342_HS1-416511228_319.1 Flying Discs 1949
Agency: Department of War
Incident date: 1/9/50
Page 119
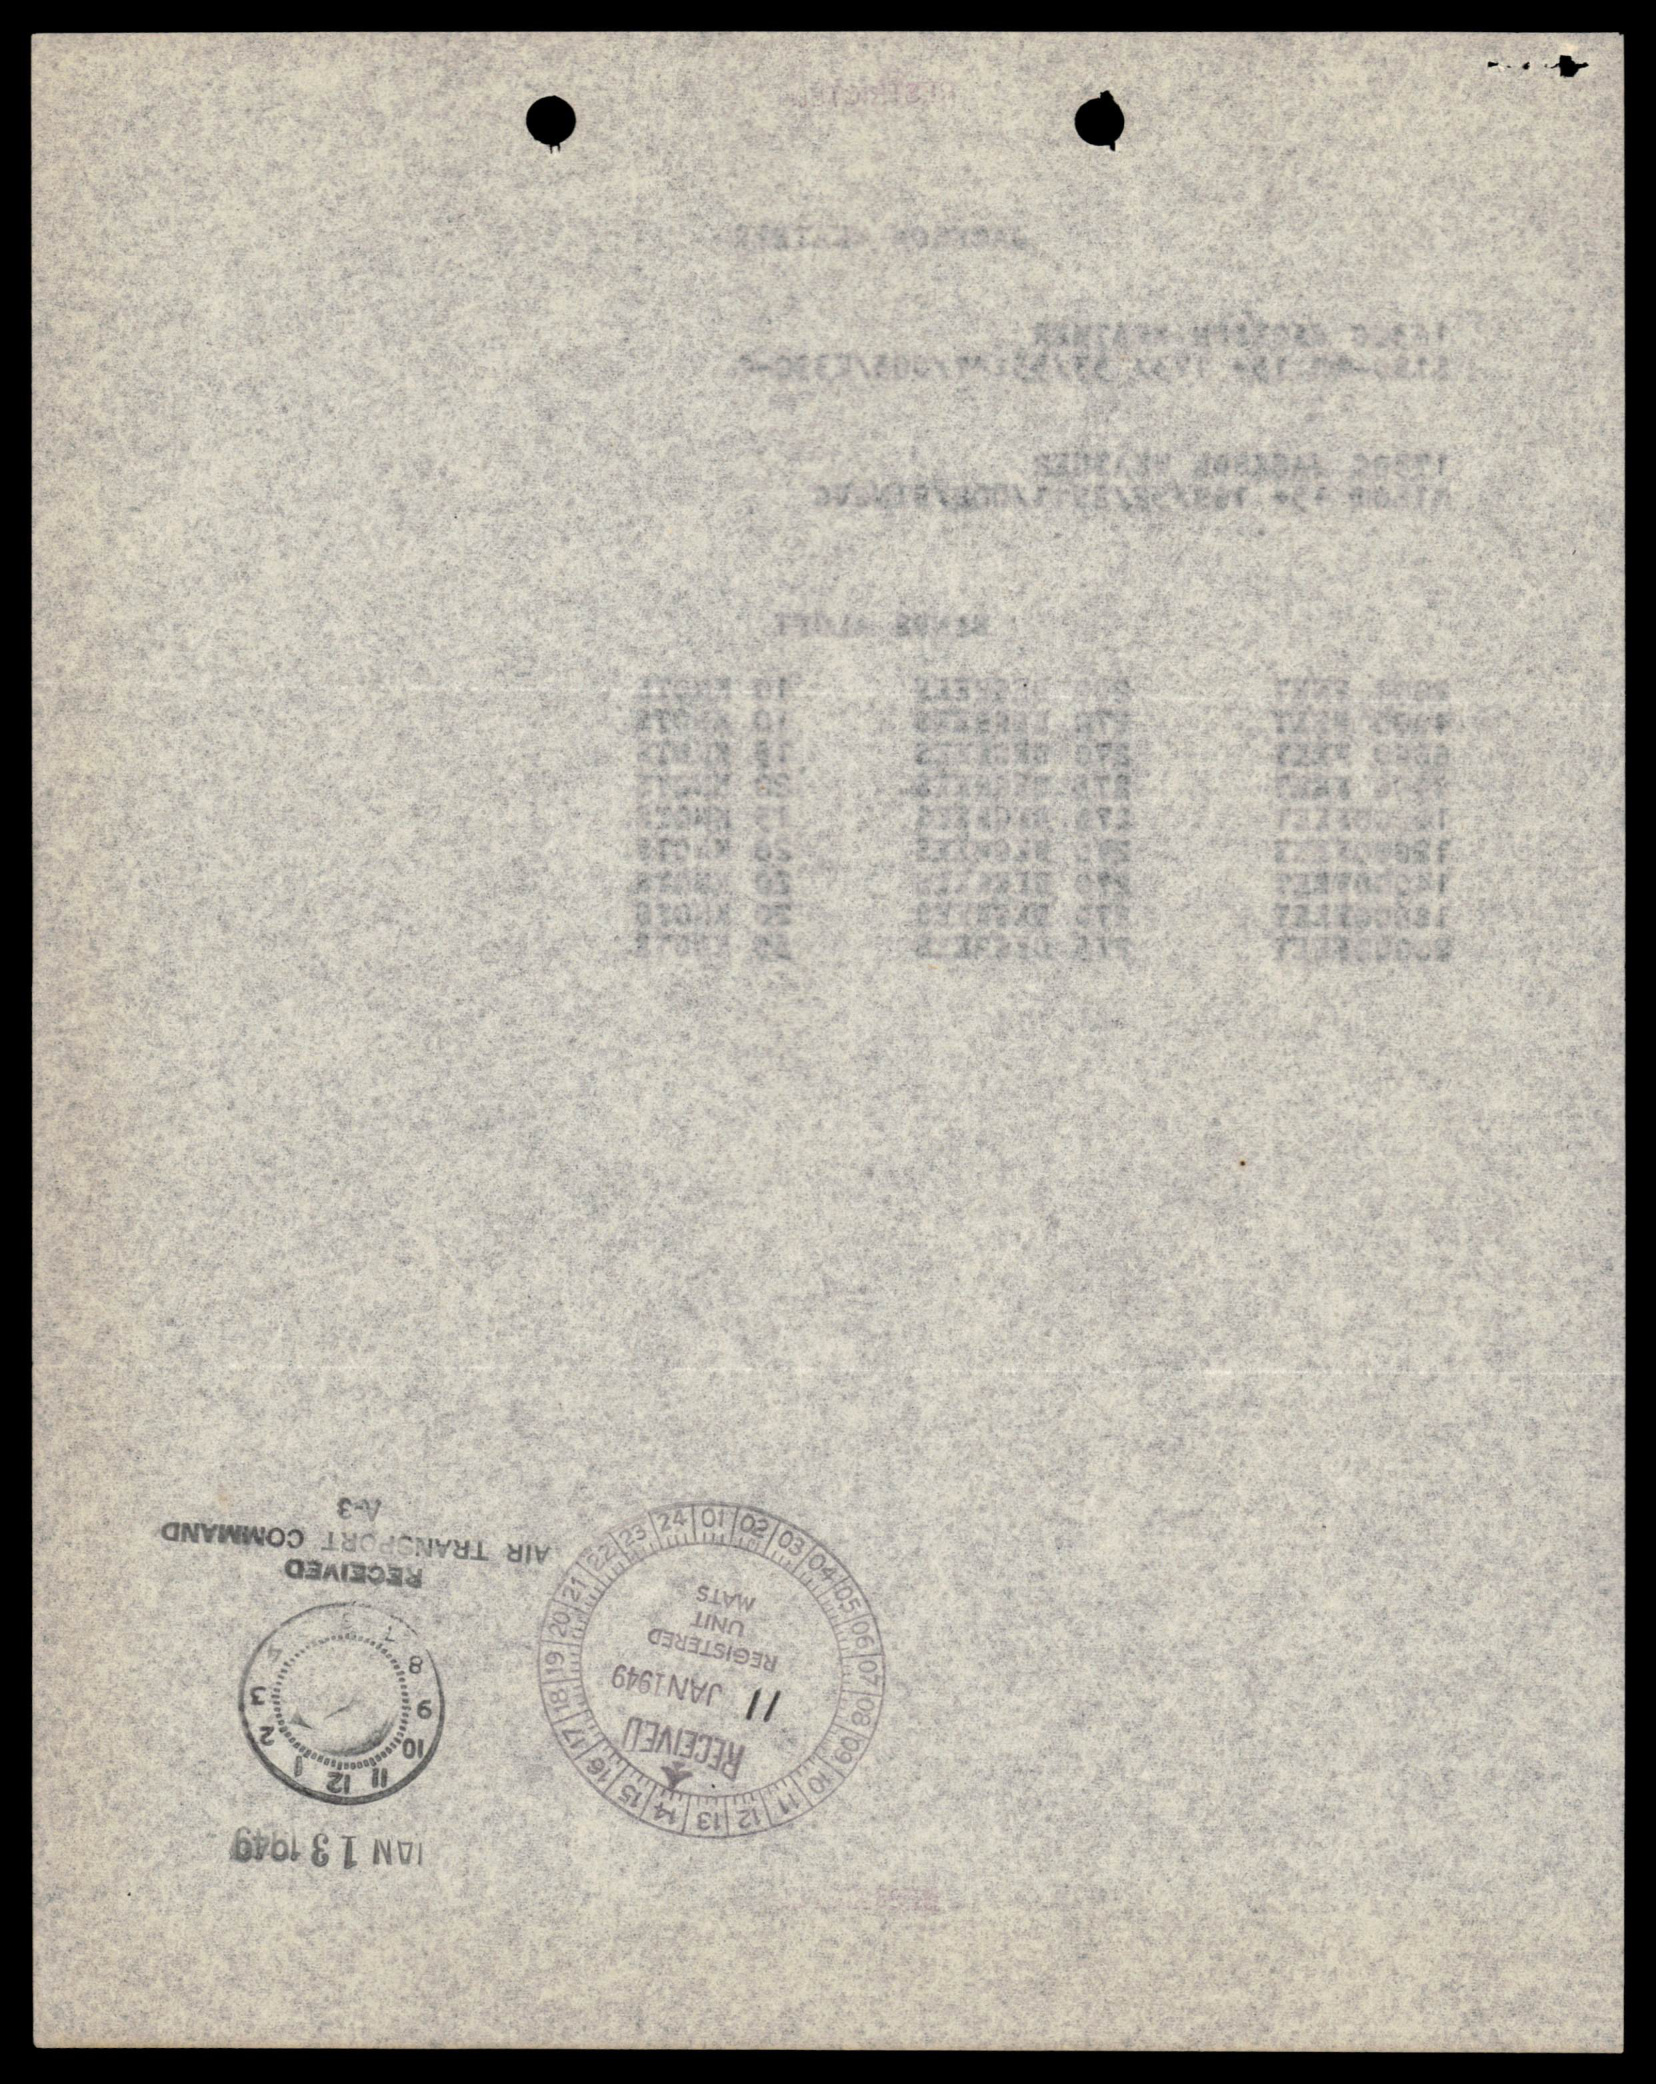